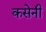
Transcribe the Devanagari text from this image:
कसेनी